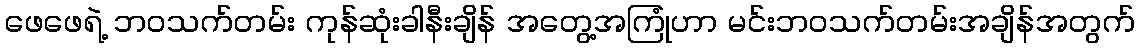
ဖေဖေရဲ့ ဘဝသက်တမ်း ကုန်ဆုံးခါနီးချိန် အတွေ့အကြုံဟာ မင်းဘဝသက်တမ်းအချိန်အတွက်